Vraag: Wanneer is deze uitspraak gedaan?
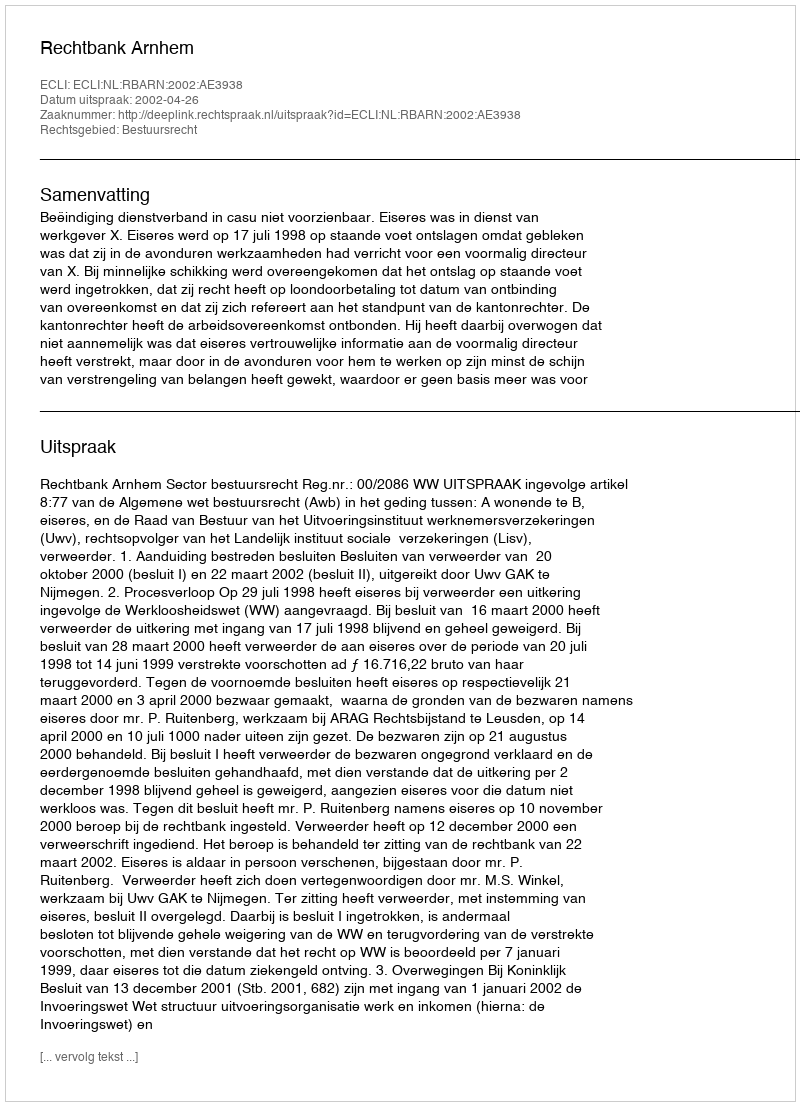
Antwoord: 2002-04-26